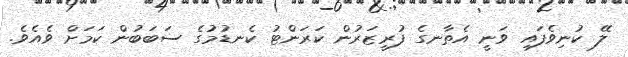
ލޭ ކުނިވެފައި ވަނީ އެތާނގެ ފުރީޒަރުން ކަރަންޓު ކެނޑުމުގެ ސަބަބުން ކަމަށް ވެއެވެ.